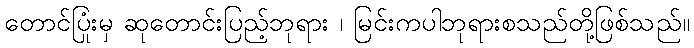
တောင်ပြုံးမှ ဆုတောင်းပြည့်ဘုရား ၊ မြင်းကပါဘုရားစသည်တို့ဖြစ်သည်။